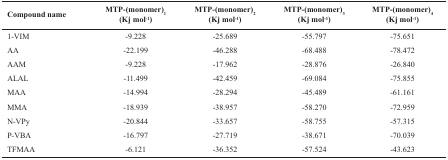
<table><thead><tr><td><b>Compound name</b></td><td><b>MTP-(monomer)<sub>1</sub>(Kj mol<sup>-1</sup>)</b></td><td><b>MTP-(monomer)<sub>2</sub>(Kj mol<sup>-1</sup>)</b></td><td><b>MTP-(monomer)<sub>3</sub>(Kj mol<sup>-1</sup>)</b></td><td><b>MTP-(monomer)<sub>4</sub>(Kj mol<sup>-1</sup>)</b></td></tr></thead><tbody><tr><td>1-VIM</td><td>-9.228</td><td>-25.689</td><td>-55.797</td><td>-75.651</td></tr><tr><td>AA</td><td>-22.199</td><td>-46.288</td><td>-68.488</td><td>-78.472</td></tr><tr><td>AAM</td><td>-9.228</td><td>-17.962</td><td>-28.876</td><td>-26.840</td></tr><tr><td>ALAL</td><td>-11.499</td><td>-42.459</td><td>-69.084</td><td>-75.855</td></tr><tr><td>MAA</td><td>-14.994</td><td>-28.294</td><td>-45.489</td><td>-61.161</td></tr><tr><td>MMA</td><td>-18.939</td><td>-38.957</td><td>-58.270</td><td>-72.959</td></tr><tr><td>N-VPy</td><td>-20.844</td><td>-33.657</td><td>-58.755</td><td>-57.315</td></tr><tr><td>P-VBA</td><td>-16.797</td><td>-27.719</td><td>-38.671</td><td>-70.039</td></tr><tr><td>TFMAA</td><td>-6.121</td><td>-36.352</td><td>-57.524</td><td>-43.623</td></tr></tbody></table>